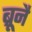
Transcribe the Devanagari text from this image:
ब्रूनै